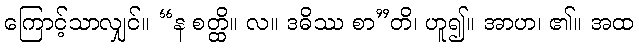
ကြောင့်သာလျှင်။ “န စတ္ထိ။ လ။ ဒဓိဿ စာ”တိ၊ ဟူ၍။ အာဟ၊ ၏။ အထ